system: You are a helpful assistant.
user:
Analyze the provided spectrum to determine if it is a **Carbon Star (C-type)**.

- **Key Visual Indicators of Carbon Star:**
    - **(Primary):** Strong molecular absorption from **C₂ (diatomic carbon) "Swan Bands."** This is the **defining feature** of a carbon star.
        - **(Key Bandheads):** Sharp absorption edges are visible at approximately $5635$ Å, $5165$ Å (the strongest band), and $4737$ Å.
        - **(Line Profile):** Creates a distinct **"saw-tooth"** pattern. The key morphology is a sharp, steep bandhead on the **red (long-wavelength) side**, which then gradually tapers off (i.e., flux recovers) towards the **blue (short-wavelength) side**. *(This is the direct opposite of the TiO bands seen in M-type stars)*.

    - **(Secondary):** Intense **CN (cyanogen)** molecular absorption bands.
        - **(Key Bandheads):** Located in the blue and violet regions of the spectrum (e.g., near $4215$ Å and $3883$ Å).
        - **(Morphology):** These bands are extremely broad and act as a "blanket," absorbing the vast majority of blue and violet light. This creates a characteristic **"cliff"** or **"steep drop-off"** in the spectrum's flux at short wavelengths.

    - **(Key Confirmation):** Strong **CH absorption band (G-band)**.
        - **(Key Bandhead):** Located around $4300$ Å. The contribution from CH molecules to this band is exceptionally strong.

    - **(Overall Spectrum):**
        - The continuum is severely "chopped up" by these deep molecular bands, especially C₂, rather than appearing as a smooth curve.
        - Due to the heavy CN and C₂ absorption in the blue-green, the vast majority of the star's flux is concentrated in the red part of the spectrum, giving the star its characteristic deep red color.

Think first, call **spectral_visualization_tool** if needed to examine features in detail, then provide your final answer. Your response must adhere to the following strict rules:
1.  **Overall Structure:** Your response must follow the format `<think>...</think> <tool_call>...</tool_call> (if a tool is used) <answer>...</answer>`.
2.  **Tool Usage Constraint:** You may only make **one** tool call per turn.
3.  **Final Answer Format:** In the `<answer>` tag, your conclusion must be inside a `\boxed{}` command (e.g., `\boxed{YES}`), followed by your justification.

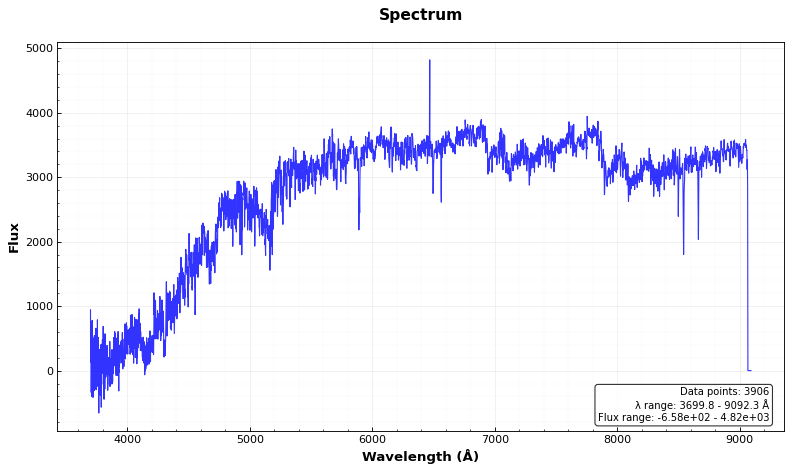
Answer: YES